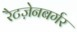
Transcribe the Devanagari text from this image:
रैटज़ेनबर्गर